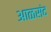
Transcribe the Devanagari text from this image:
आळसंद